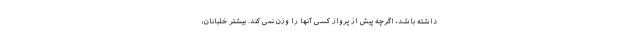
داشته باشد، اگرچه پیش از پرواز کسی آنها را وزن نمی کند. بیشتر خلبانان،